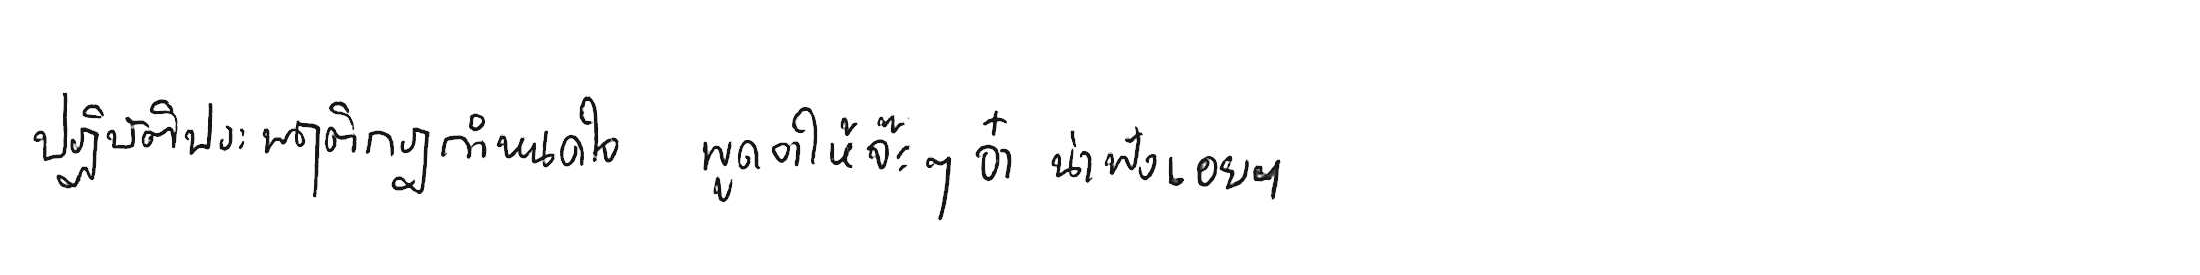
ปฏิบัติประพฤติกฎกำหนดใจ พูดจาให้จ๊ะๆ จ๋า น่าฟังเอยฯ